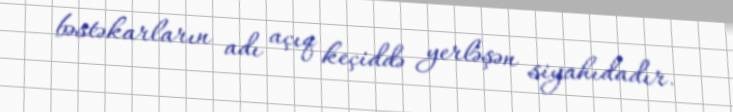
bəstəkarların adı açıq keçiddə yerləşən siyahıdadır.